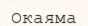
Окаяма